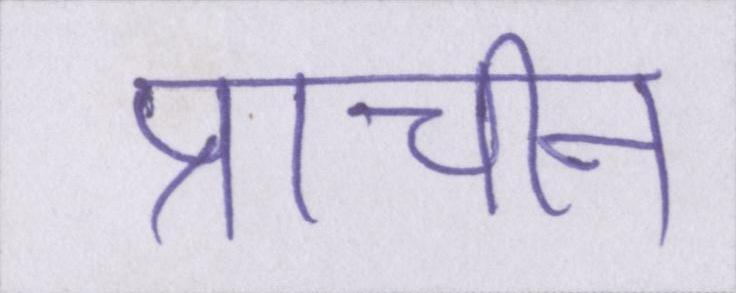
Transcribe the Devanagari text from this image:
प्राचीन